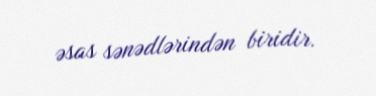
əsas sənədlərindən biridir.